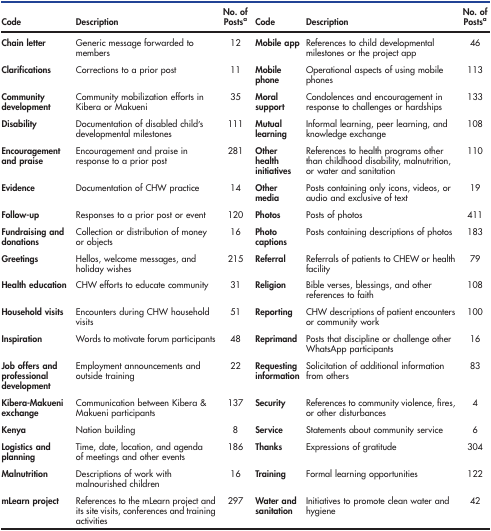
| Code | Description | No. of Postsa | Code | Description | No. of Postsa |
 | --- | --- | --- | --- | --- | --- |
 | Chain letter | Generic message forwarded to members | 12 | Mobile app | References to child developmental milestones or the project app | 46 |
 | Clarifications | Corrections to a prior post | 11 | Mobile phone | Operational aspects of using mobile phones | 113 |
 | Community development | Community mobilization efforts in Kibera or Makueni | 35 | Moral support | Condolences and encouragement in response to challenges or hardships | 133 |
 | Disability | Documentation of disabled child’s developmental milestones | 111 | Mutual learning | Informal learning, peer learning, and knowledge exchange | 108 |
 | Encouragement and praise | Encouragement and praise in response to a prior post | 281 | Other health initiatives | References to health programs other than childhood disability, malnutrition, or water and sanitation | 110 |
 | Evidence | Documentation of CHW practice | 14 | Other media | Posts containing only icons, videos, or audio and exclusive of text | 19 |
 | Follow-up | Responses to a prior post or event | 120 | Photos | Posts of photos | 411 |
 | Fundraising and donations | Collection or distribution of money or objects | 16 | Photo captions | Posts containing descriptions of photos | 183 |
 | Greetings | Hellos, welcome messages, and holiday wishes | 215 | Referral | Referrals of patients to CHEW or health facility | 79 |
 | Health education | CHW efforts to educate community | 31 | Religion | Bible verses, blessings, and other references to faith | 108 |
 | Household visits | Encounters during CHW household visits | 51 | Reporting | CHW descriptions of patient encounters or community work | 100 |
 | Inspiration | Words to motivate forum participants | 48 | Reprimand | Posts that discipline or challenge other WhatsApp participants | 16 |
 | Job offers and professional development | Employment announcements and outside training | 22 | Requesting information | Solicitation of additional information from others | 83 |
 | Kibera-Makueni exchange | Communication between Kibera & Makueni participants | 137 | Security | References to community violence, fires, or other disturbances | 4 |
 | Kenya | Nation building | 8 | Service | Statements about community service | 6 |
 | Logistics and planning | Time, date, location, and agenda of meetings and other events | 186 | Thanks | Expressions of gratitude | 304 |
 | Malnutrition | Descriptions of work with malnourished children | 16 | Training | Formal learning opportunities | 122 |
 | mLearn project | References to the mLearn project and its site visits, conferences and training activities | 297 | Water and sanitation | Initiatives to promote clean water and hygiene | 42 |